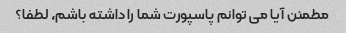
مطمئن آیا می توانم پاسپورت شما را داشته باشم، لطفا؟